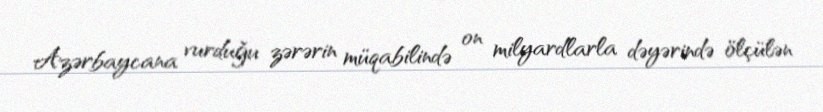
Azərbaycana vurduğu zərərin müqabilində on milyardlarla dəyərində ölçülən